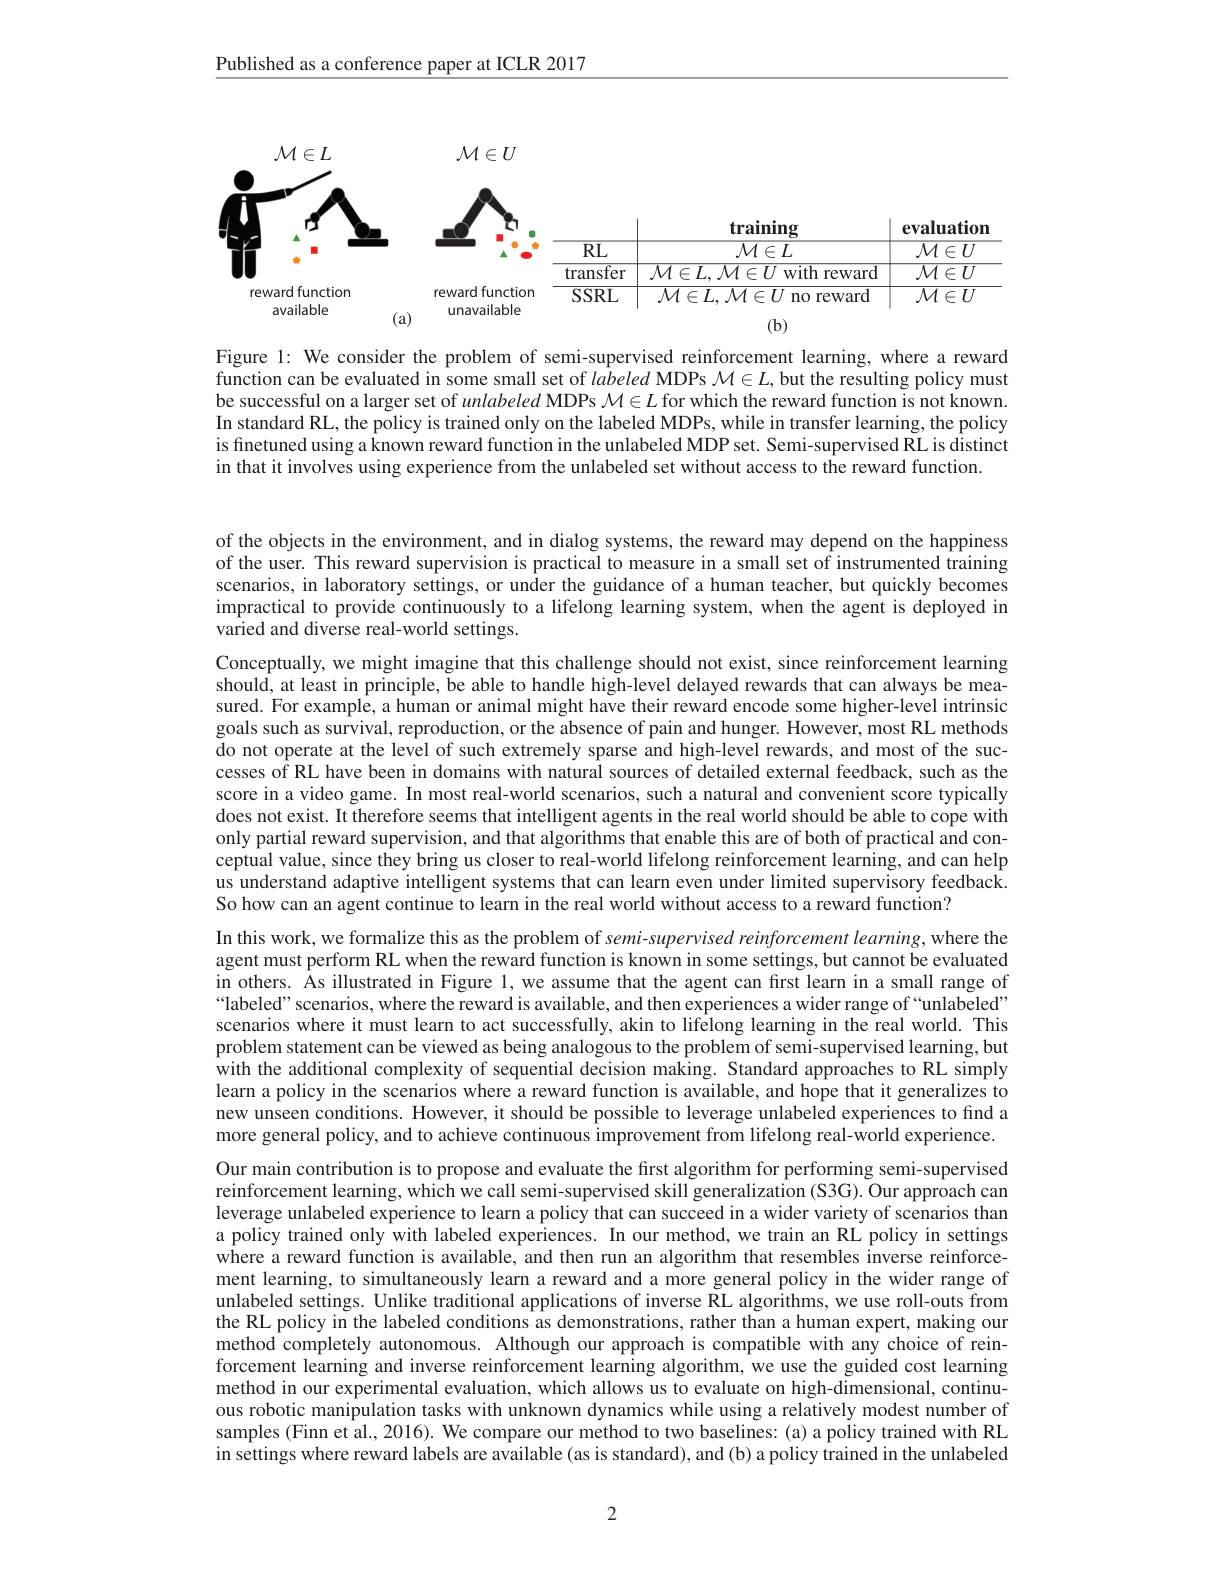
Published as a conference paper at ICLR 2017

<FigureHere>

Figure 1: We consider the problem of semi-supervised reinforcement learning, where a reward function can be evaluated in some small set of labeled MDPs $\mathcal{M}\in L$, but the resulting policy must be successful on a larger set of unlabeled MDPs $\mathcal{M}\in L$ for which the reward function is not known. In standard RL, the policy is trained only on the labeled MDPs, while in transfer learning, the policy is finetuned using a known reward function in the unlabeled MDP set. Semi-supervised RL is distinct in that it involves using experience from the unlabeled set without access to the reward function.

of the objects in the environment, and in dialog systems, the reward may depend on the happiness of the user. This reward supervision is practical to measure in a small set of instrumented training scenarios, in laboratory settings, or under the guidance of a human teacher, but quickly becomes impractical to provide continuously to a lifelong learning system, when the agent is deployed in $\hat{\text{varied and diverse real-world settings.}}$

Conceptually, we might imagine that this challenge should not exist, since reinforcement learning should, at least in principle, be able to handle high-level delayed rewards that can always be measured. For example, a human or animal might have their reward encode some higher-level intrinsic goals such as survival, reproduction, or the absence of pain and hunger. However, most RL methods $\tilde{\text{do not operate at the level of such extremely sparse and high-level rewards, and most of the suc- }}$ cesses of RL have been in domains with natural sources of detailed external feedback, such as the score in a video game. In most real-world scenarios, such a natural and convenient score typically does not exist. It therefore seems that intelligent agents in the real world should be able to cope with only partial reward supervision, and that algorithms that enable this are of both of practical and conceptual value, since they bring us closer to real-world lifelong reinforcement learning, and can help us understand adaptive intelligent systems that can learn even under limited supervisory feedback. So how can an agent continue to learn in the real world without access to a reward function?

In this work, we formalize this as the problem of semi-supervised reinforcement learning, where the agent must perform RL when the reward function is known in some settings, but cannot be evaluated in others. As illustrated in Figure 1,we assume that the agent can first learn in a small range of “labeled”scenarios, where the reward is available, and then experiences a wider range of“unlabeled” scenarios where it must learn to act successfully, akin to lifelong learning in the real world. This problem statement can be viewed as being analogous to the problem of semi-supervised learning, but with the additional complexity of sequential decision making. Standard approaches to RL simply learn a policy in the scenarios where a reward function is available, and hope that it generalizes to new unseen conditions. However, it should be possible to leverage unlabeled experiences to fınd a more general policy, and to achieve continuous improvement from lifelong real-world experience. Our main contribution is to propose and evaluate the first algorithm for performing semi-supervised reinforcement learning, which we call semi-supervised skill generalization (S3G). Our approach can leverage unlabeled experience to learn a policy that can succeed in a wider variety of scenarios than a policy trained only with labeled experiences. In our method, we train an RL policy in settings where a reward function is available, and then run an algorithm that resembles inverse reinforcement learning, to simultaneously learn a reward and a more general policy in the wider range of unlabeled settings. Unlike traditional applications of inverse RL algorithms, we use roll-outs from the RL policy in the labeled conditions as demonstrations, rather than a human expert, making our method completely autonomous. Although our approach is compatible with any choice of reinforcement learning and inverse reinforcement learning algorithm, we use the guided cost learning method in our experimental evaluation, which allows us to evaluate on high-dimensional, continuous robotic manipulation tasks with unknown dynamics while using a relatively modest number of samples (Finn et al., 2016). We compare our method to two baselines: (a) a policy trained with RL in settings where reward labels are available (as is standard), and (b) a policy trained in the unlabeled

2